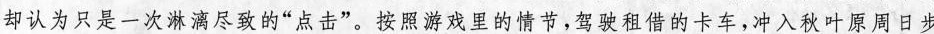
却认为只是一次淋漓尽致的“点击”。按照游戏里的情节,驾驶租借的卡车,冲入秋叶原周日步